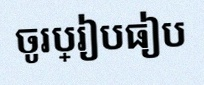
ចូរប្រៀបធៀប